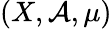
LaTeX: (X,{\mathcal{A}},\mu)